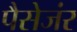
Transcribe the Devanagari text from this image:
पैसेजंर